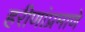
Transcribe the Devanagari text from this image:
हरीणांप्रमाणे